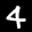
Label: 4